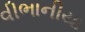
વીભાનીયા